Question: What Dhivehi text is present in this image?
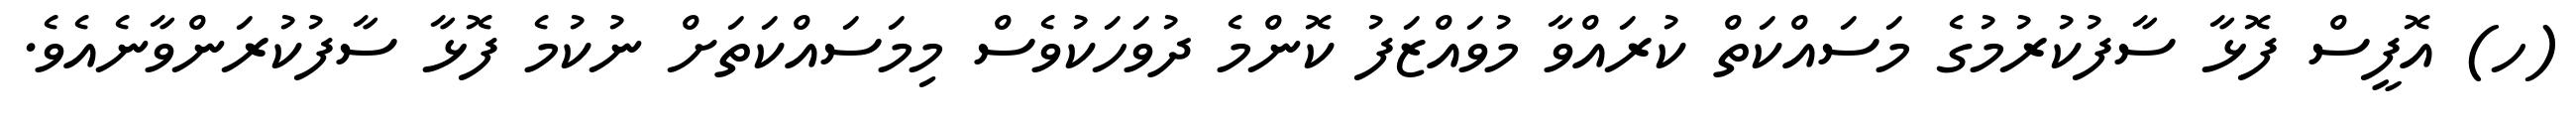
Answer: (ހ) އޮފީސް ފޮޅާ ސާފުކުރުމުގެ މަސައްކަތް ކުރައްވާ މުވައްޒަފު ކޮންމެ ދުވަހަކުވެސް މިމަސައްކަތަށް ނުކުމެ ފޮޅާ ސާފުކުރަންވާނެއެވެ.